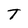
Character: T